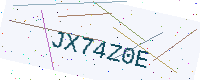
Text: JX74Z0E